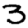
Digit: 3